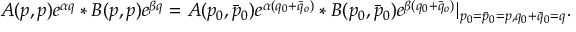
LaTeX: A ( p , p ) e ^ { \alpha q } * B ( p , p ) e ^ { \beta q } = A ( p _ { 0 } , \bar { p } _ { 0 } ) e ^ { \alpha ( q _ { 0 } + \bar { q } _ { o } ) } * B ( p _ { 0 } , \bar { p } _ { 0 } ) e ^ { \beta ( q _ { 0 } + \bar { q } _ { o } ) } | _ { p _ { 0 } = \bar { p } _ { 0 } = p , q _ { 0 } + \bar { q } _ { 0 } = q } .